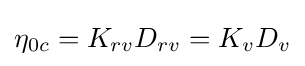
\eta _{0c}=K_{rv}D_{rv}=K_{v}D_{v}